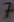
Text: 7